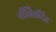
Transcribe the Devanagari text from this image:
नीतितदिह